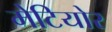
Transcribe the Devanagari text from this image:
मेटियोर